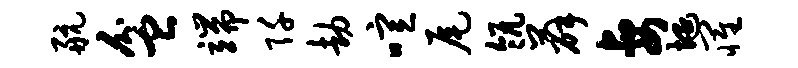
航盆端阡劫喧尾瓴薛妻埏罹